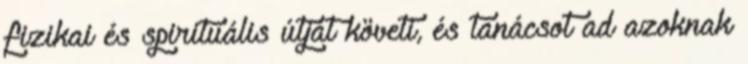
fizikai és spirituális útját követi, és tanácsot ad azoknak